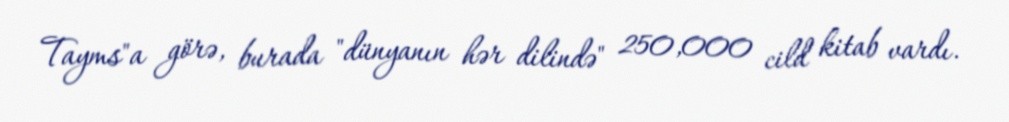
Tayms"a görə, burada "dünyanın hər dilində" 250,000 cild kitab vardı.